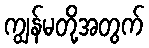
ကျွန်မတို့အတွက်